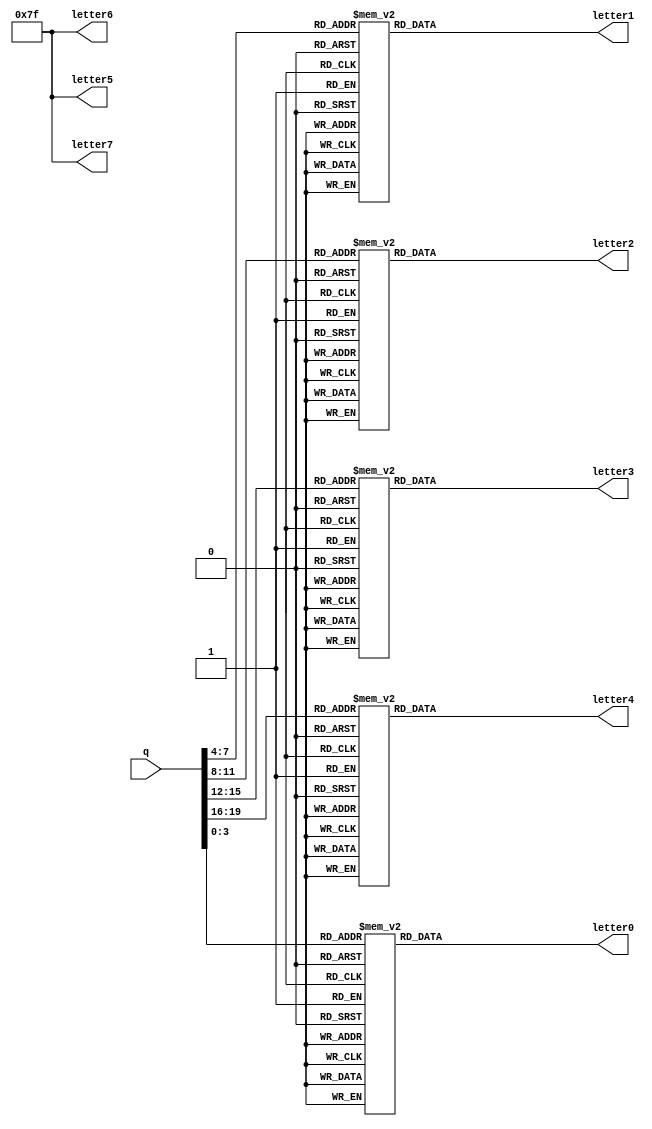
//
module display_5(
q,
letter7,
letter6,
letter5,
letter4,
letter3,
letter2,
letter1,
letter0
);
input  [19:0] q;
output reg [6:0] letter4,letter3,letter2,letter1,letter0;
output [6:0] letter7,letter6,letter5;

wire [3:0] f4, f3, f2, f1, f0;

parameter _0 = 7'b100_0000, 
          _1 = 7'b111_1001, 
			 _2 = 7'b010_0100,
			 _3 = 7'b011_0000,
			 _4 = 7'b001_1001,
			 _5 = 7'b001_0010,
			 _6 = 7'b000_0010,
			 _7 = 7'b111_1000,
			 _8 = 7'b000_0000,
			 _9 = 7'b001_0000,
			 _none = 7'b111_1111;
			 

assign  f4 = q[19:16];
assign  f3 = q[15:12]; 
assign  f2 = q[11:8]; 
assign  f1 = q[7:4]; 
assign  f0 = q[3:0];

always@(*)begin
  case(f4)
    4'd0: letter4 = _0;
    4'd1: letter4 = _1;
    4'd2: letter4 = _2;
    4'd3: letter4 = _3;
    4'd4: letter4 = _4;
    4'd5: letter4 = _5;
    4'd6: letter4 = _6;
    4'd7: letter4 = _7;
    4'd8: letter4 = _8;
    4'd9: letter4 = _9;
    default: letter4 = _none;
  endcase
end

always@(*)begin
  case(f3)
    4'd0: letter3 = _0;
    4'd1: letter3 = _1;
    4'd2: letter3 = _2;
    4'd3: letter3 = _3;
    4'd4: letter3 = _4;
    4'd5: letter3 = _5;
    4'd6: letter3 = _6;
    4'd7: letter3 = _7;
    4'd8: letter3 = _8;
    4'd9: letter3 = _9;
    default: letter3 = _none;
  endcase
end

always@(*)begin
  case(f2)
    4'd0: letter2 = _0;
    4'd1: letter2 = _1;
    4'd2: letter2 = _2;
    4'd3: letter2 = _3;
    4'd4: letter2 = _4;
    4'd5: letter2 = _5;
    4'd6: letter2 = _6;
    4'd7: letter2 = _7;
    4'd8: letter2 = _8;
    4'd9: letter2 = _9;
    default: letter2 = _none;
  endcase
end

always@(*)begin
  case(f1)
    4'd0: letter1 = _0;
    4'd1: letter1 = _1;
    4'd2: letter1 = _2;
    4'd3: letter1 = _3;
    4'd4: letter1 = _4;
    4'd5: letter1 = _5;
    4'd6: letter1 = _6;
    4'd7: letter1 = _7;
    4'd8: letter1 = _8;
    4'd9: letter1 = _9;
    default: letter1 = _none;
  endcase
end

always@(*)begin
  case(f0)
    4'd0: letter0 = _0;
    4'd1: letter0 = _1;
    4'd2: letter0 = _2;
    4'd3: letter0 = _3;
    4'd4: letter0 = _4;
    4'd5: letter0 = _5;
    4'd6: letter0 = _6;
    4'd7: letter0 = _7;
    4'd8: letter0 = _8;
    4'd9: letter0 = _9;
    default: letter0 = _none;
  endcase
end

assign letter7 = _none;
assign letter6 = _none;
assign letter5 = _none;

endmodule